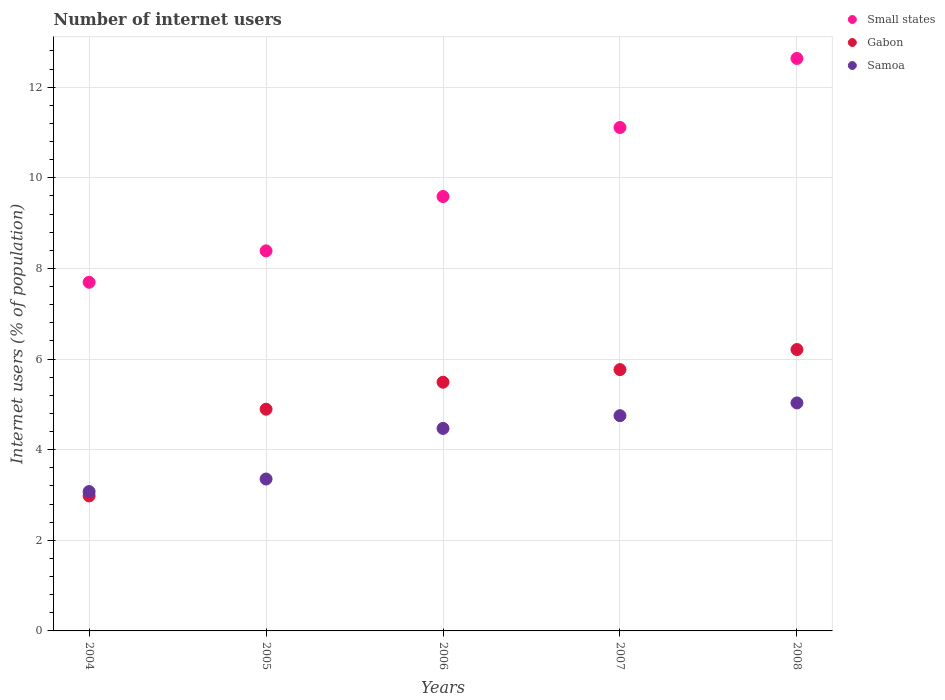
| Years | Small states | Gabon | Samoa |
 | --- | --- | --- | --- |
 | 2004 | 7.69 | 2.98 | 3.08 |
 | 2005 | 8.39 | 4.89 | 3.35 |
 | 2006 | 9.59 | 5.49 | 4.47 |
 | 2007 | 11.1 | 5.77 | 4.75 |
 | 2008 | 12.6 | 6.21 | 5.03 |